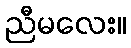
ညီမလေး။